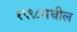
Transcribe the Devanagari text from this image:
१९९८मधील